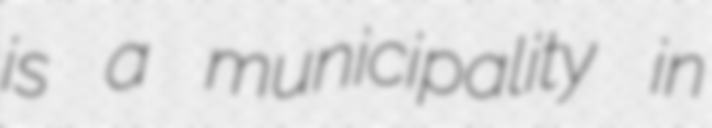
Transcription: is a municipality in